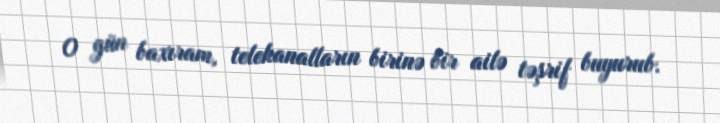
O gün baxıram, telekanalların birinə bir ailə təşrif buyurub.